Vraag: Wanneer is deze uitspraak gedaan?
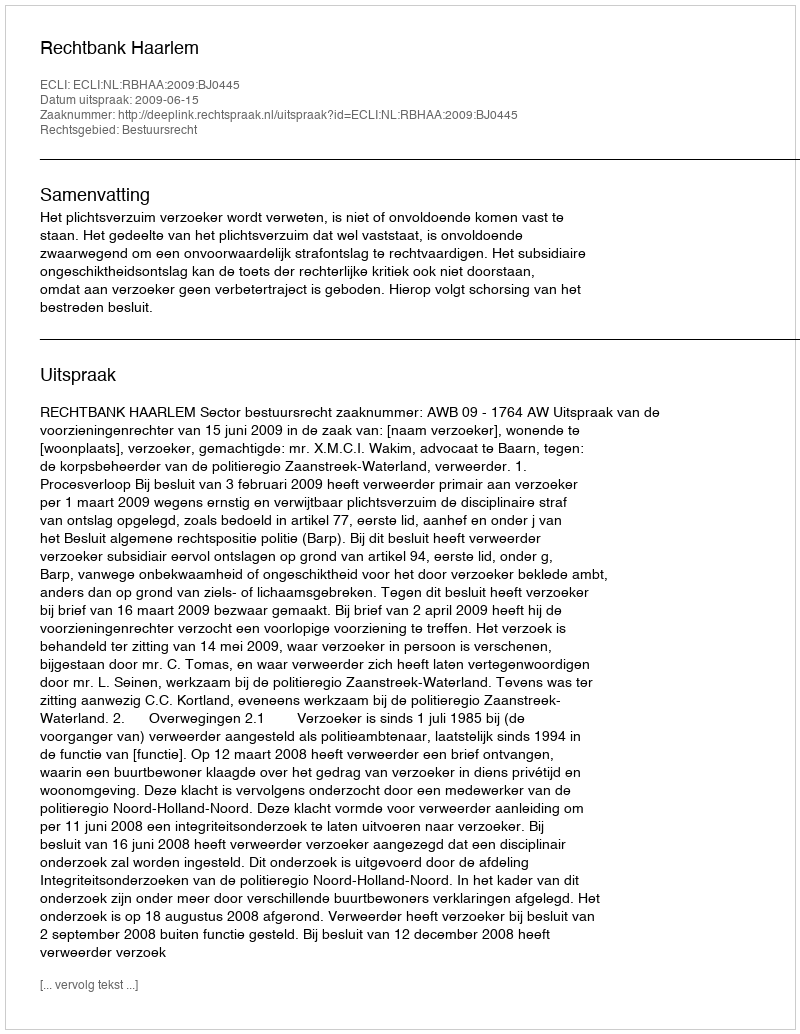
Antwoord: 2009-06-15